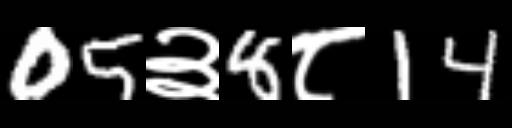
Text: 05३8८14